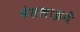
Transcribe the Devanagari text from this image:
बेसलाइनें